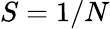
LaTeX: S=1/N